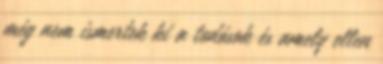
még nem ismertek ki a tudósok és amely ellen